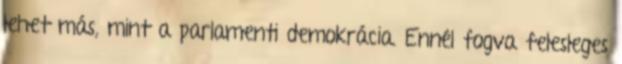
lehet más, mint a parlamenti demokrácia. Ennél fogva felesleges